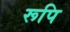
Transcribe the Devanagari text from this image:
रूपि